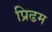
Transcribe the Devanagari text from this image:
प्रिढम